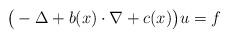
LaTeX: \begin{align*} \big({}-\Delta+b(x)\cdot\nabla+c(x)\big)u = f\end{align*}